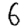
Digit: 6